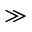
\gg